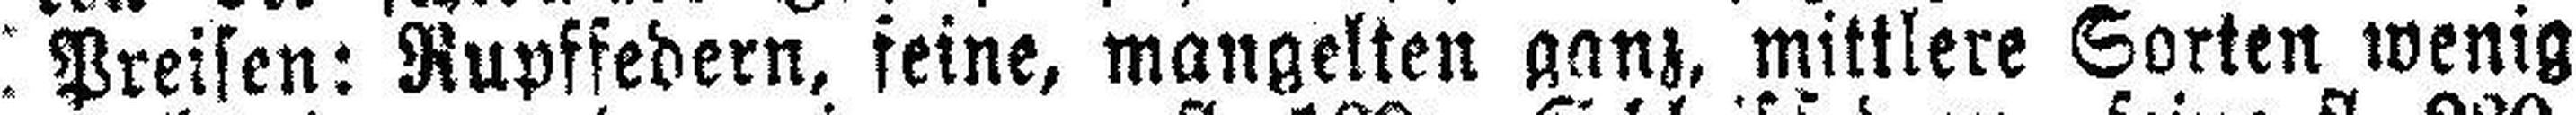
Preisen: Rupffedern, feine, mangelten ganz, mittlere Sorten wenig